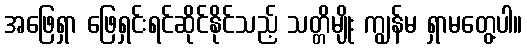
အဖြေရှာ ဖြေရှင်းရင်ဆိုင်နိုင်သည့် သတ္တိမျိုး ကျွန်မ ရှာမတွေ့ပါ။